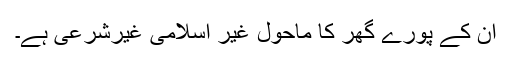
ان کے پورے گھر کا ماحول غیر اسلامی غیرشرعی ہے۔